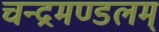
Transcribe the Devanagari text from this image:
चन्द्रमण्डलम्